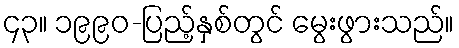
၄၃။ ၁၉၉၀-ပြည့်နှစ်တွင် မွေးဖွားသည်။